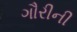
ગૌરીની